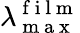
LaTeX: \lambda_{\mathrm{~m~a~x~}}^{\mathrm{~f~i~l~m~}}